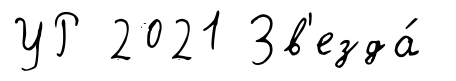
УР 2021 Зв'езда́